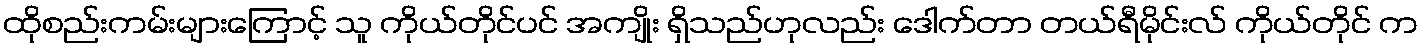
ထိုစည်းကမ်းများကြောင့် သူ ကိုယ်တိုင်ပင် အကျိုး ရှိသည်ဟုလည်း ဒေါက်တာ တယ်ရီမိုင်းလ် ကိုယ်တိုင် က